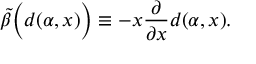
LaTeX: \tilde { \beta } \Big ( d ( \alpha , x ) \Big ) \equiv - x \frac { \partial } { \partial x } d ( \alpha , x ) .